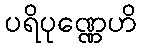
ပရိပုဏ္ဏေဟိ